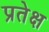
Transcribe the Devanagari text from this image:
प्रतेक्ष